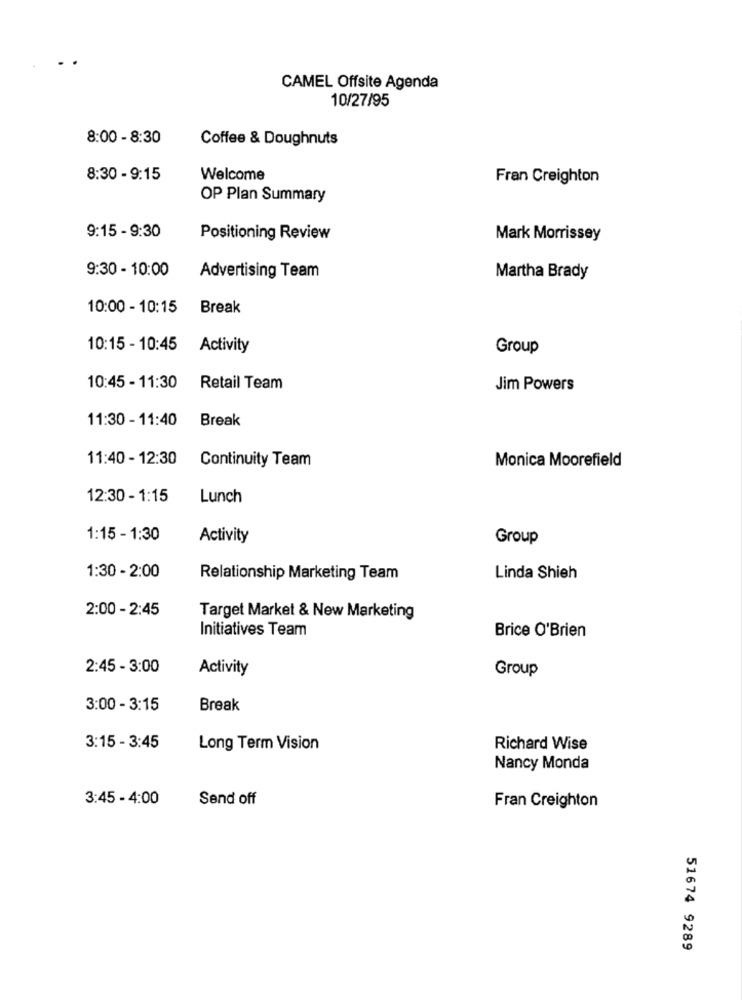
CAMEL Offsite Agenda
10/27/95
8:00 - 8:30
Coffee & Doughnuts
8:30 - 9:15
Welcome
Fran Creighton
OP Plan Summary
9:15 - 9:30
Positioning Review
Mark Morrissey
9:30 - 10:00
Advertising Team
Martha Brady
10:00 - 10:15
Break
10:15 - 10:45
Activity
Group
10:45 - 11:30
Retail Team
Jim Powers
11:30 - 11:40
Break
11:40 - 12:30
Continuity Team
Monica Moorefield
12:30 - 1:15
Lunch
1:15 - 1:30
Activity
Group
1:30 - 2:00
Relationship Marketing Team
Linda Shieh
2:00 - 2:45
Target Market & New Marketing
Initiatives Team
Brice O'Brien
2:45 - 3:00
Activity
Group
3:00 - 3:15
Break
3:15 - 3:45
Long Term Vision
Richard Wise
Nancy Monda
3:45 - 4:00
Send off
Fran Creighton
51674 9289